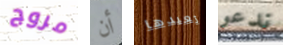
مروج أن تعيدها ندعو